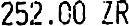
252.00 ZR